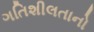
ગતિશીલતાનો